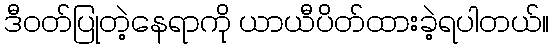
ဒီဝတ်ပြုတဲ့နေရာကို ယာယီပိတ်ထားခဲ့ရပါတယ်။